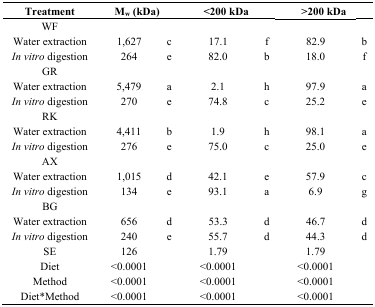
<table><thead><tr><td><b>Treatment</b></td><td><b>M<sub>w</sub> (kDa)</b></td><td></td><td><b>&lt;200 kDa</b></td><td></td><td><b>&gt;200 kDa</b></td><td></td></tr></thead><tbody><tr><td>WF</td><td></td><td></td><td></td><td></td><td></td><td></td></tr><tr><td>Water extraction</td><td>1,627</td><td>c</td><td>17.1</td><td>f</td><td>82.9</td><td>b</td></tr><tr><td><i>In vitro</i> digestion</td><td>264</td><td>e</td><td>82.0</td><td>b</td><td>18.0</td><td>f</td></tr><tr><td>GR</td><td></td><td></td><td></td><td></td><td></td><td></td></tr><tr><td>Water extraction</td><td>5,479</td><td>a</td><td>2.1</td><td>h</td><td>97.9</td><td>a</td></tr><tr><td><i>In vitro</i> digestion</td><td>270</td><td>e</td><td>74.8</td><td>c</td><td>25.2</td><td>e</td></tr><tr><td>RK</td><td></td><td></td><td></td><td></td><td></td><td></td></tr><tr><td>Water extraction</td><td>4,411</td><td>b</td><td>1.9</td><td>h</td><td>98.1</td><td>a</td></tr><tr><td><i>In vitro</i> digestion</td><td>276</td><td>e</td><td>75.0</td><td>c</td><td>25.0</td><td>e</td></tr><tr><td>AX</td><td></td><td></td><td></td><td></td><td></td><td></td></tr><tr><td>Water extraction</td><td>1,015</td><td>d</td><td>42.1</td><td>e</td><td>57.9</td><td>c</td></tr><tr><td><i>In vitro</i> digestion</td><td>134</td><td>e</td><td>93.1</td><td>a</td><td>6.9</td><td>g</td></tr><tr><td>BG</td><td></td><td></td><td></td><td></td><td></td><td></td></tr><tr><td>Water extraction</td><td>656</td><td>d</td><td>53.3</td><td>d</td><td>46.7</td><td>d</td></tr><tr><td><i>In vitro</i> digestion</td><td>240</td><td>e</td><td>55.7</td><td>d</td><td>44.3</td><td>d</td></tr><tr><td>SE</td><td>126</td><td></td><td>1.79</td><td></td><td>1.79</td><td></td></tr><tr><td>Diet</td><td>&lt;0.0001</td><td></td><td>&lt;0.0001</td><td></td><td>&lt;0.0001</td><td></td></tr><tr><td>Method</td><td>&lt;0.0001</td><td></td><td>&lt;0.0001</td><td></td><td>&lt;0.0001</td><td></td></tr><tr><td>Diet*Method</td><td>&lt;0.0001</td><td></td><td>&lt;0.0001</td><td></td><td>&lt;0.0001</td><td></td></tr></tbody></table>